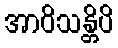
အာဝိသန္တိပိ